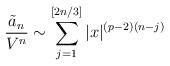
LaTeX: \begin{align*}\frac{\tilde{a}_{n}}{V^{n}}\sim \sum\limits_{j=1}^{[2n/3]}|x|^{(p-2)(n-j)} \end{align*}